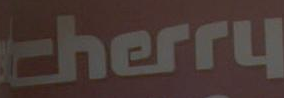
Cherry